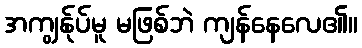
အကျွန်ုပ်မူ မဖြစ်ဘဲ ကျန်နေလေ၏။